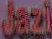
Jazi